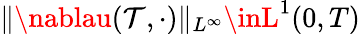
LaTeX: \| \nablau(\mathcal{T},\cdot)\| _{L^{\infty}}\inL^{1}(0,T)